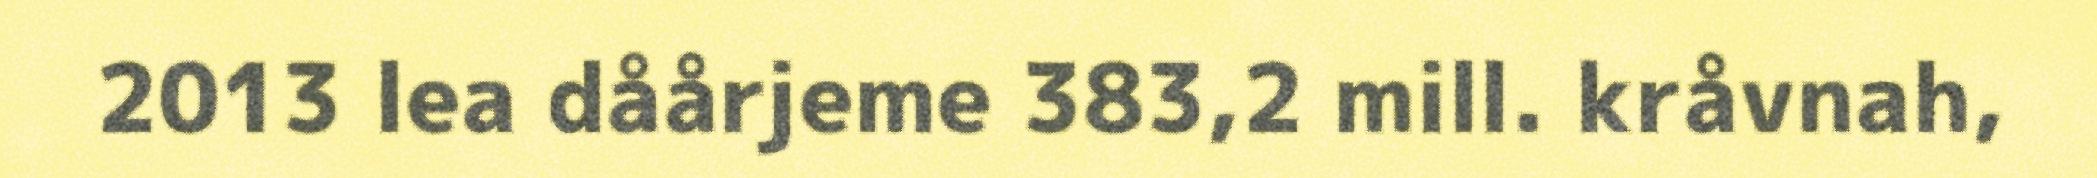
2013 lea dåårjeme 383,2 mill. kråvnah,